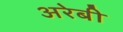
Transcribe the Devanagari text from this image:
अरेबी